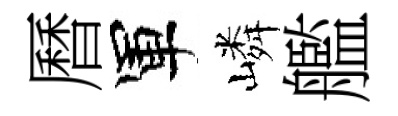
曆軍嶙艦